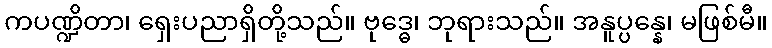
ကပဏ္ဍိတာ၊ ရှေးပညာရှိတို့သည်။ ဗုဒ္ဓေ၊ ဘုရားသည်။ အနူပ္ပန္နေ၊ မဖြစ်မီ။